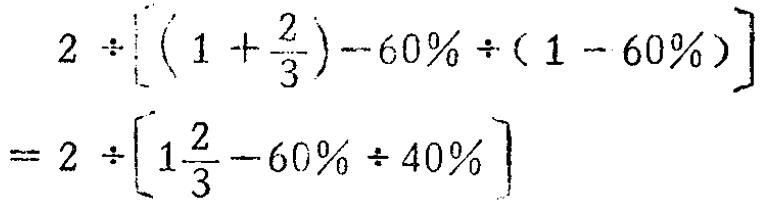
\[

\begin{align*}

&2\div\left[\left(1 + \frac{2}{3}\right)-60\% \div(1 - 60\%)\right]\\

=&2\div\left[1\frac{2}{3}-60\% \div 40\%\right]

\end{align*}

\]